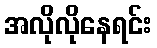
အလိုလိုနေရင်း